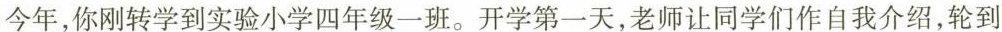
今年，你刚转学到实验小学四年级一班。开学第一天，老师让同学们作自我介绍，轮到